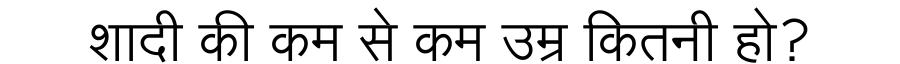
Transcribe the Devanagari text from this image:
शादी की कम से कम उम्र कितनी हो?